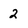
Character: 2